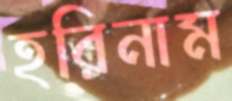
হরিনাম